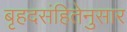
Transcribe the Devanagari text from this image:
बृहदसंहितेनुसार